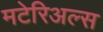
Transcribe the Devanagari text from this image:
मटेरिअल्स